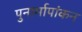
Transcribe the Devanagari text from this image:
पुनार्मापांकन